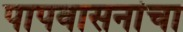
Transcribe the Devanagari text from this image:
पापवासनांचा